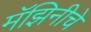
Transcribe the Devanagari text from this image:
मॅझिनीचे